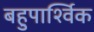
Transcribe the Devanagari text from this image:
बहुपार्श्विक